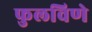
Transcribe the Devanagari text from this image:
फुलविणे